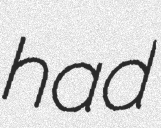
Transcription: had